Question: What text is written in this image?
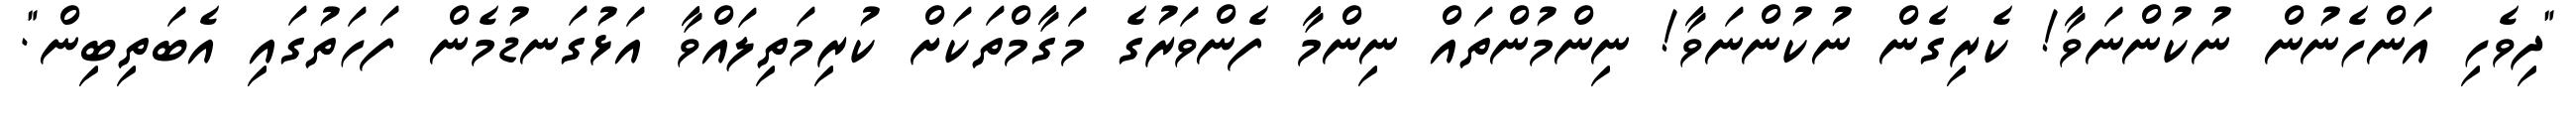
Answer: "ދިވެހި އަންހެނުން ނުކުންނަވާ! ކެރިގެން ނުކުންނަވާ! ނިންމުންތައް ނިންމާ ފެންވަރުގެ މަގާމްތަކަށް ކުރިމަތިލައްވާ އަޅުގަނޑުމެން ފަހަތުގައި އެބަތިބިން".